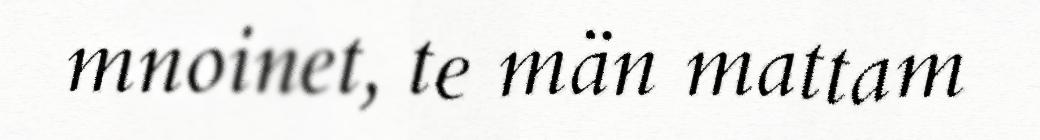
mnoinet, te män mattam